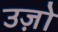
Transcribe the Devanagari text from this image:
उज़ो